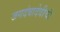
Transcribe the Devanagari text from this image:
जगदंबादेवीची